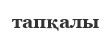
тапқалы